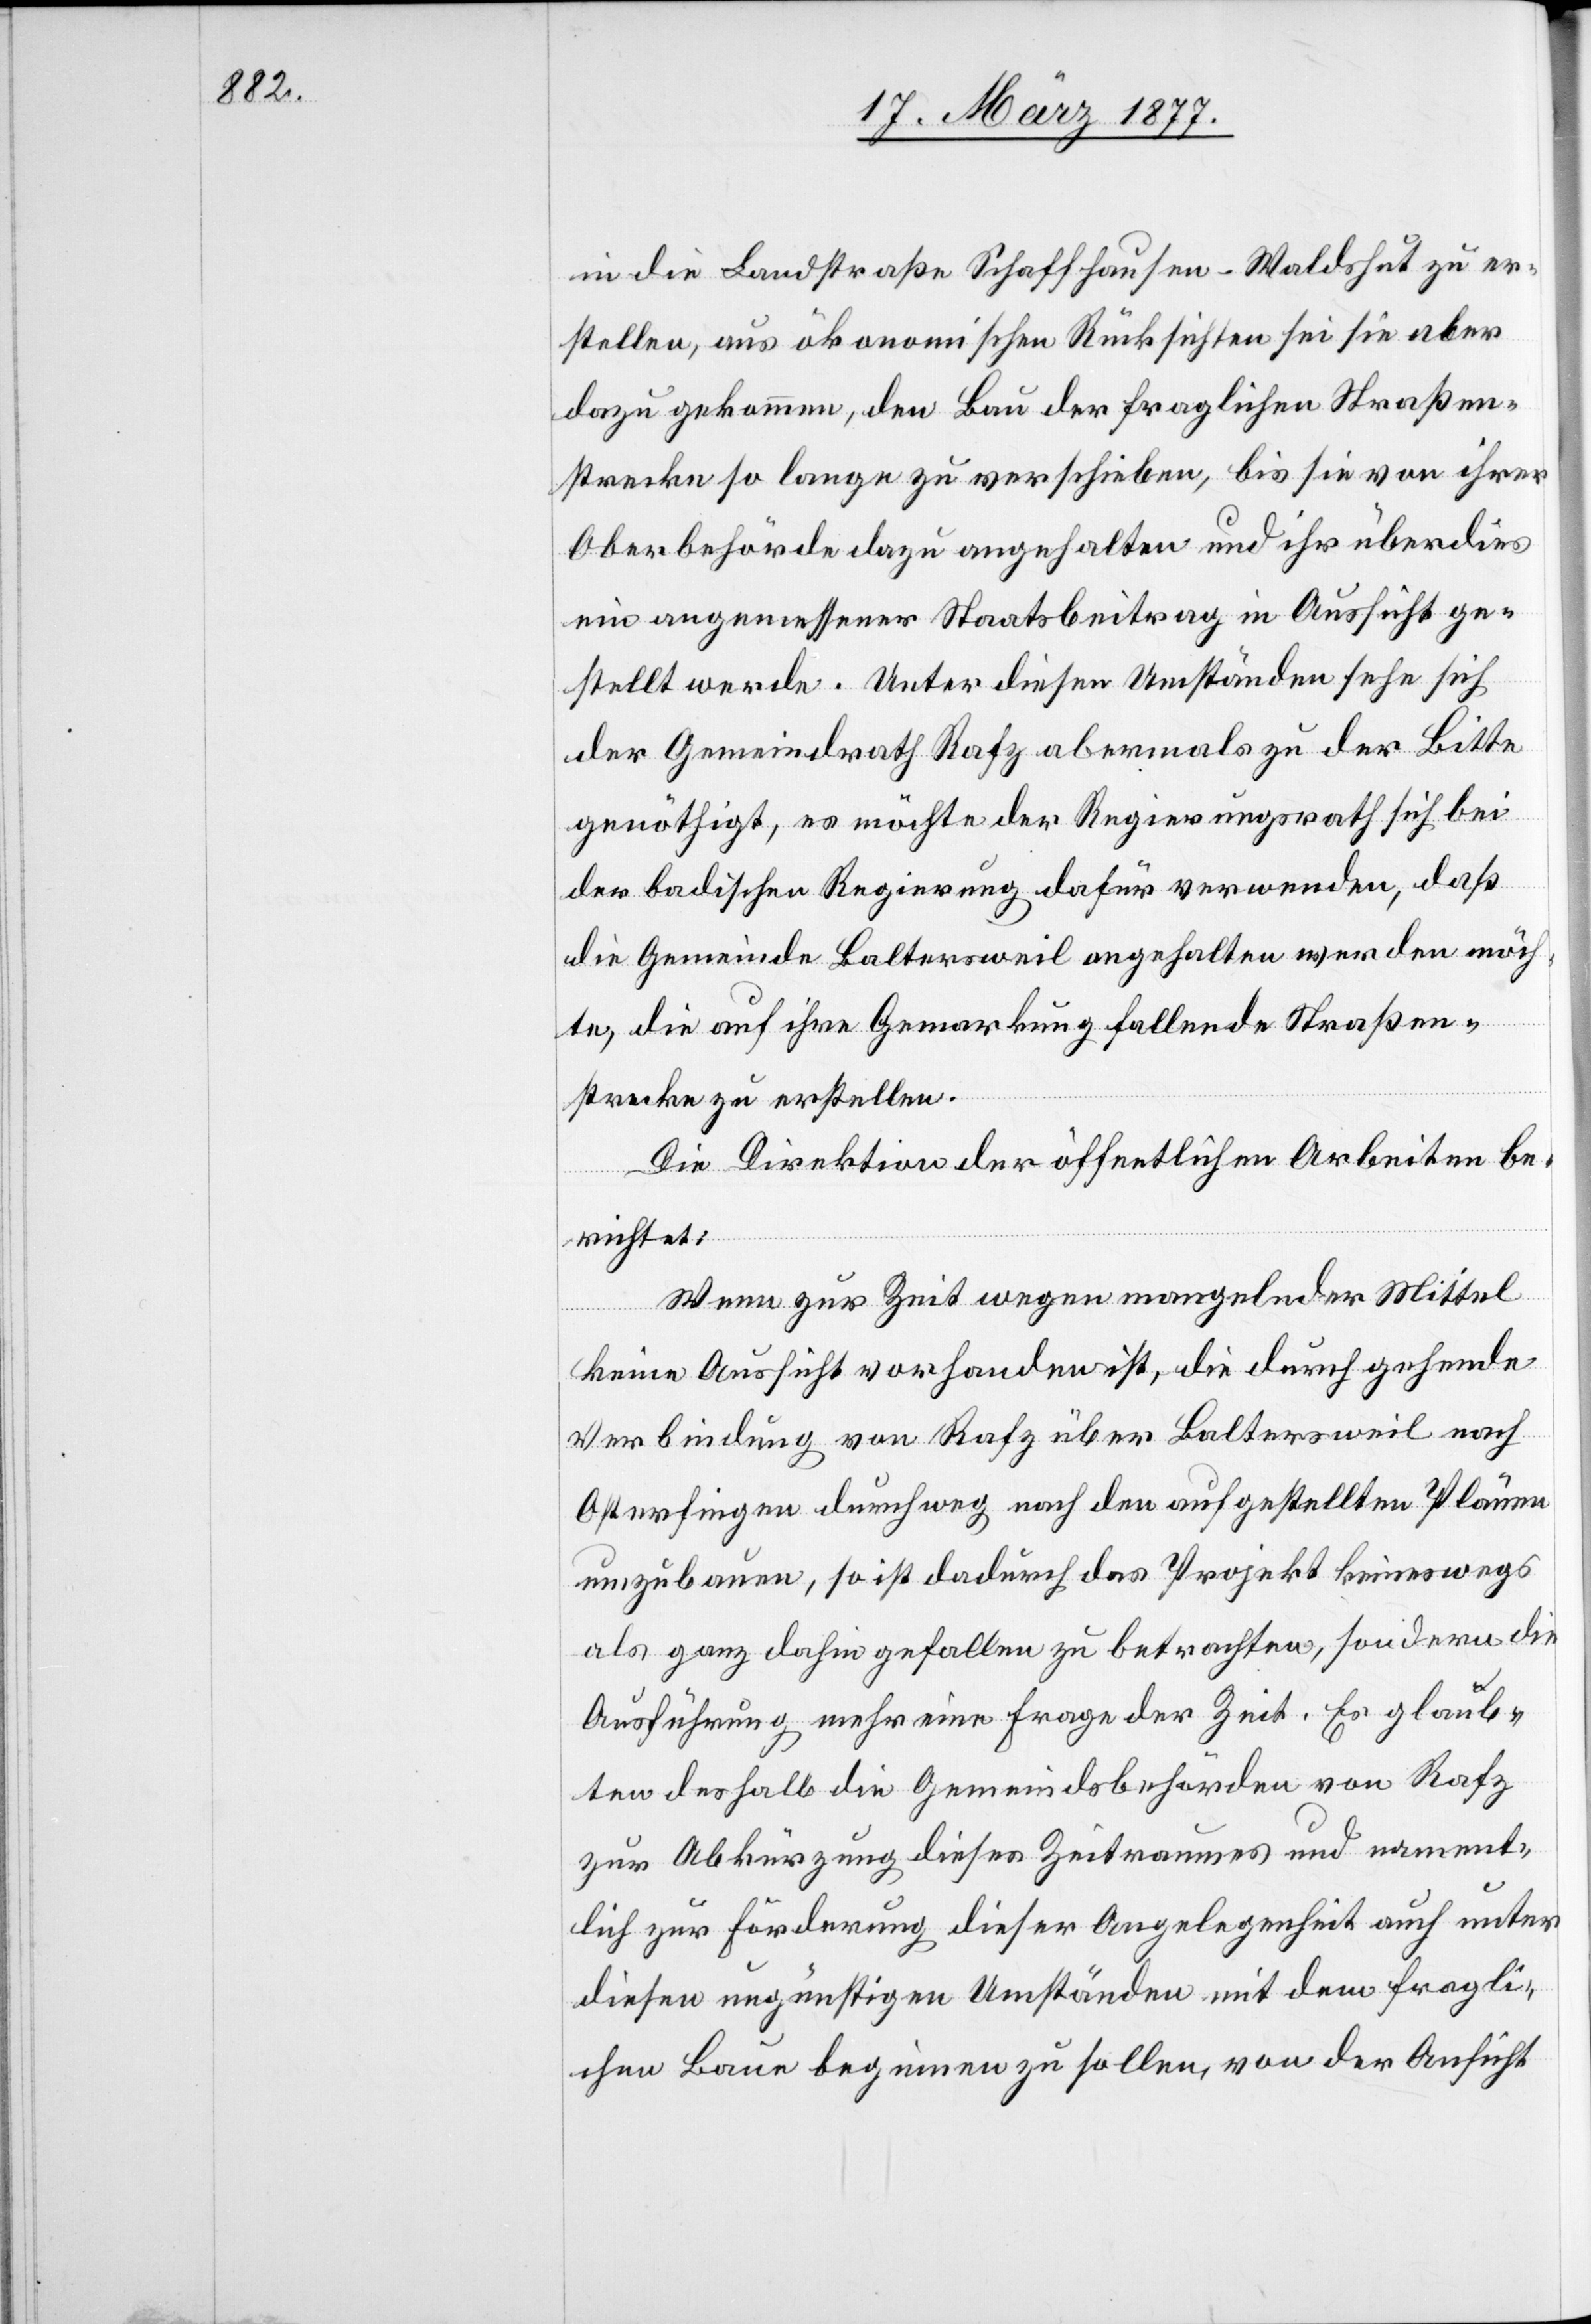
in die Landstraße Schaffhausen–Waldshut zu er¬
stellen, aus ökonomischen Rücksichten sei sie aber
dazu gekommen, den Bau der fraglichen Straßen¬
strecke so lange zu verschieben, bis sie von ihrer
Oberbehörde dazu angehalten und ihr überdies
ein angemessener Staatsbeitrag in Aussicht ge¬
stellt werde. Unter diesen Umständen sehe sich
der Gemeindrath Rafz abermals zu der Bitte
genöthigt, es möchte der Regierungsrath sich bei
der badischen Regierung dafür verwenden, daß
die Gemeinde Baltersweil angehalten werden möch¬
te, die auf ihre Gemarkung fallende Straßen¬
strecke zu erstellen.
Die Direktion der öffentlichen Arbeiten be¬
richtet:
Wenn zur Zeit wegen mangelnder Mittel
keine Aussicht vorhanden ist, die durchgehende
Verbindung von Rafz über Baltersweil nach
Osterfingen durchweg nach den aufgestellten Plänen
umzubauen, so ist dadurch das Projekt keineswegs
als ganz dahin gefallen zu betrachten, sondern die
Ausführung mehr eine Frage der Zeit. Es glaub¬
ten deshalb die Gemeindsbehörden von Rafz
zur Abkürzung dieses Zeitraumes und nament¬
lich zur Förderung dieser Angelegenheit auch unter
diesen ungünstigen Umständen mit dem fragli¬
chen Baue beginnen zu sollen, von der Ansicht